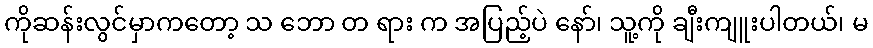
ကိုဆန်းလွင်မှာကတော့ သ ဘော တ ရား က အပြည့်ပဲ နော်၊ သူ့ကို ချီးကျူးပါတယ်၊ မ